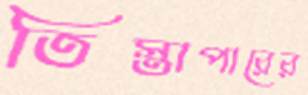
তিস্তাপারের